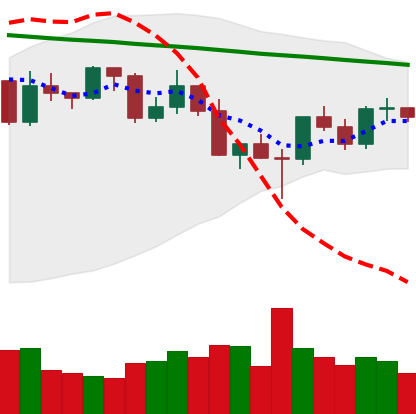
Ticker: XRP-USD
Chart end date: 2022-03-02
Forward return: -5.883%
Label: down_5_7